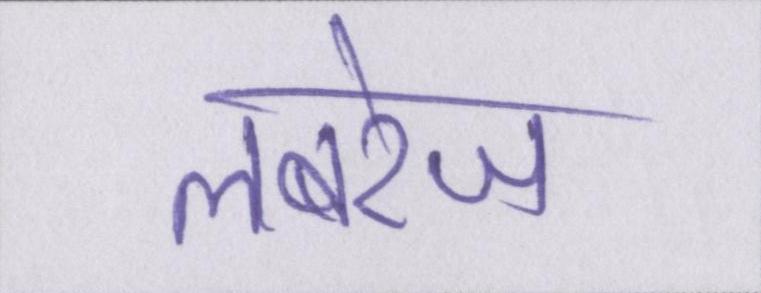
लबरेज